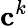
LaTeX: \mathbf{c}^{k}